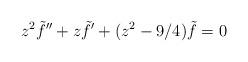
LaTeX: \begin{align*}z^2\tilde{f}'' + z\tilde{f}' + (z^2-9/4)\tilde{f} = 0\end{align*}